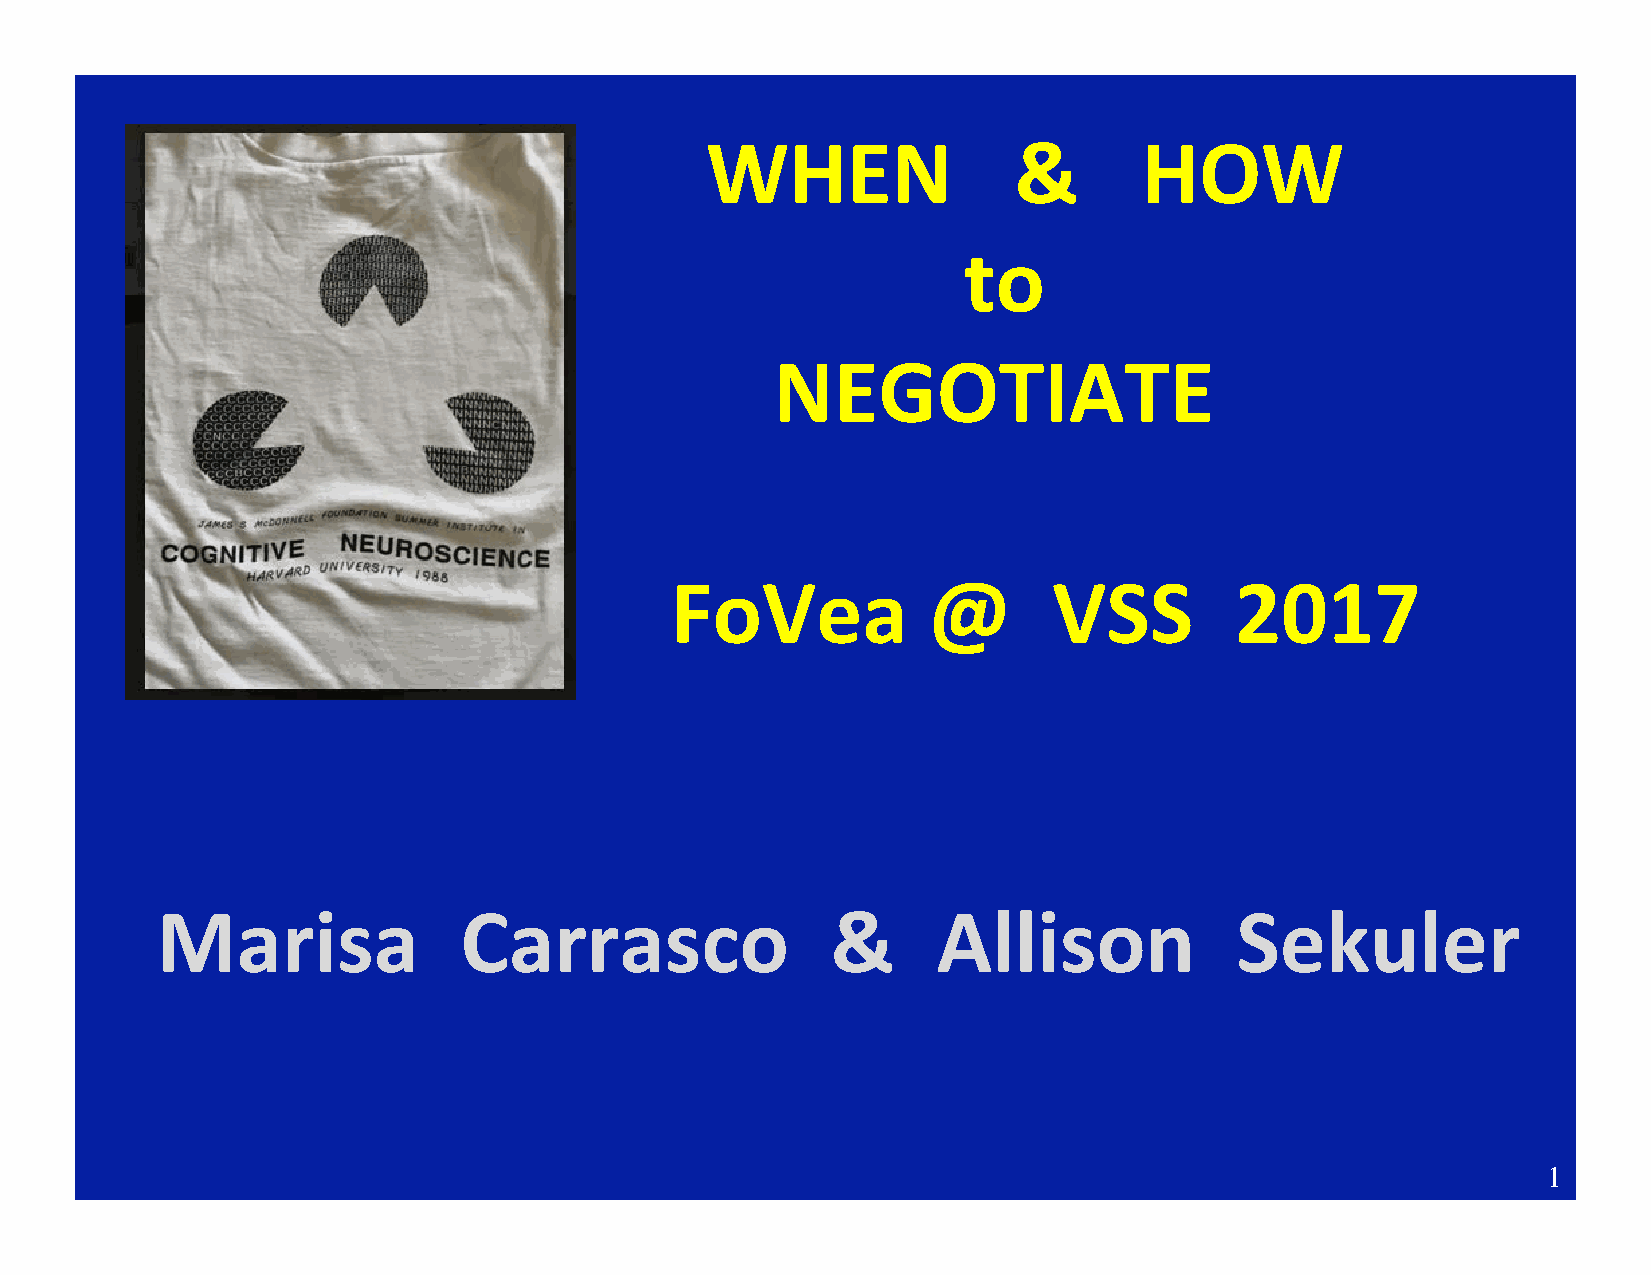
WHEN                &        HOW
 to
 NEGOTIATE
 FoVea            @        VSS         2017
 Marisa              Carrasco                 &      Allison             Sekuler
 1